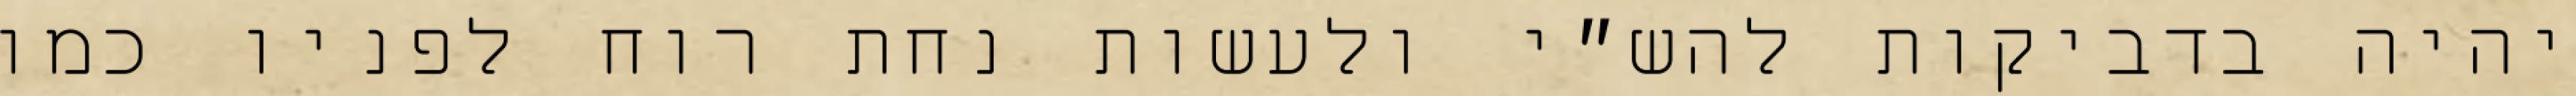
יהיה בדביקות להש״י ולעשות נחת רוח לפניו כמו